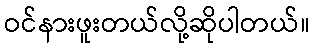
ဝင်နားဖူးတယ်လို့ဆိုပါတယ်။